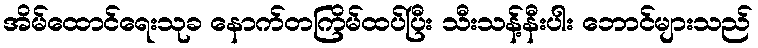
အိမ်ထောင်ရေးသုခ နောက်တကြိမ်ထပ်ပြီး သီးသန့်နီးပါး ဘောင်များသည်